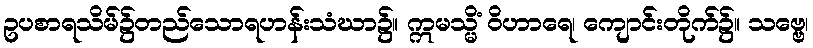
ဥပစာရသိမ်၌တည်သောရဟန်းသံဃာ၌။ ဣမသ္မိံ ဝိဟာရေ၊ ကျောင်းတိုက်၌။ သဗ္ဗေ၊